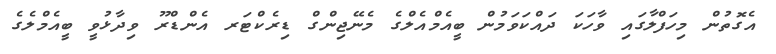
އެގޮތުން މިހަފްލާގައި ވާހަކަ ދައްކަވަމުން ބީއެމްއެލްގެ މެނޭޖިންގް ޑިރެކްޓަރ އެންޑްރޫ ވިދާޅުވީ ބީއެމްލެގެ